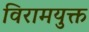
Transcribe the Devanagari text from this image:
विरामयुक्त